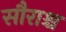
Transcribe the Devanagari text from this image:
सौराश्च